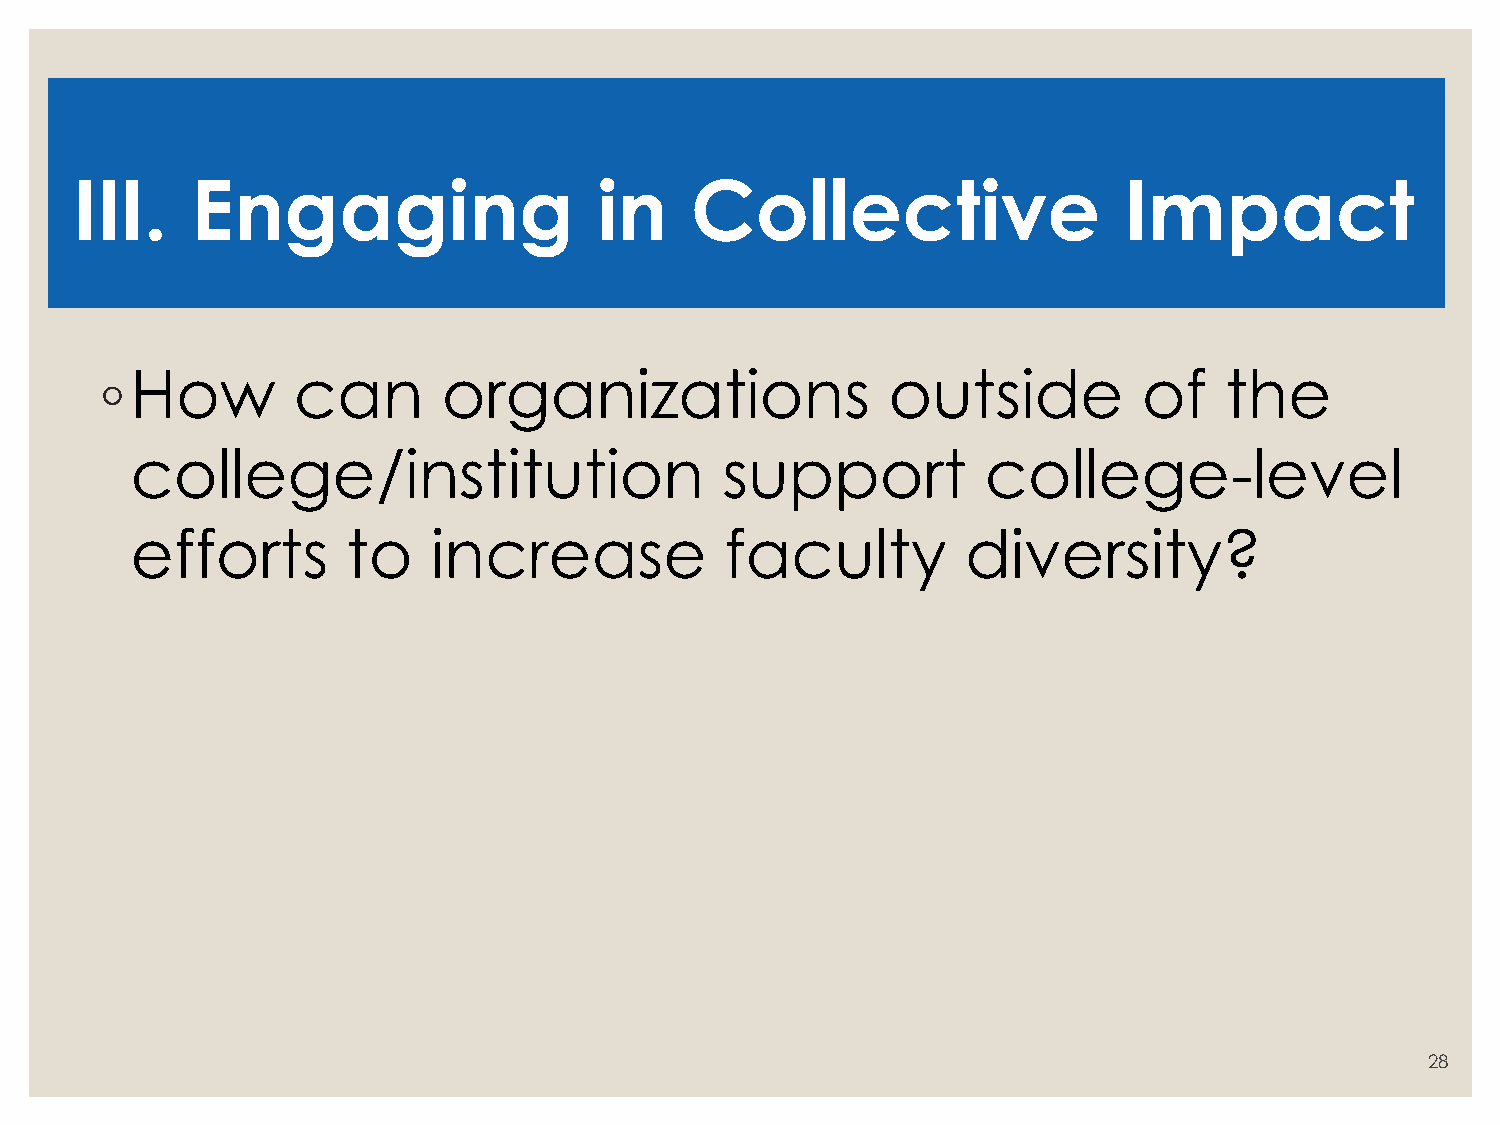
III.    Engaging                   in    Collective                  Impact
 ◦ How       can       organizations                 outside          of   the
 college/institution                    support          college-level
 efforts       to    increase           faculty         diversity?
 28